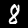
Digit: 8